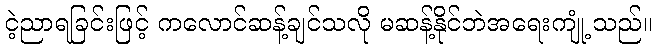
ငဲ့ညာရခြင်းဖြင့် ကလောင်ဆန့်ချင်သလို မဆန့်နိုင်ဘဲအရေးကျုံ့ သည်။